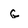
Character: G